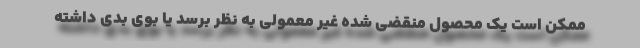
ممکن است یک محصول منقضی شده غیر معمولی به نظر برسد یا بوی بدی داشته